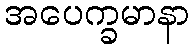
အပေက္ခမာနာ